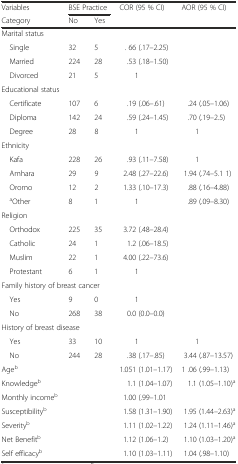
<table><thead><tr><td><b>Variables</b></td><td colspan="2"><b>BSE Practice</b></td><td rowspan="2"><b>COR (95 % CI)</b></td><td rowspan="2"><b>AOR (95 % CI)</b></td></tr><tr><td><b>Category</b></td><td><b>No</b></td><td><b>Yes</b></td></tr></thead><tbody><tr><td>Marital status</td><td></td><td></td><td></td><td></td></tr><tr><td> Single</td><td>32</td><td>5</td><td>. 66 (.17–2.25)</td><td></td></tr><tr><td> Married</td><td>224</td><td>28</td><td>.53 (.18–1.50)</td><td></td></tr><tr><td> Divorced</td><td>21</td><td>5</td><td>1</td><td></td></tr><tr><td>Educational status</td><td></td><td></td><td></td><td></td></tr><tr><td> Certificate</td><td>107</td><td>6</td><td>.19 (.06–.61)</td><td>.24 (.05–1.06)</td></tr><tr><td> Diploma</td><td>142</td><td>24</td><td>.59 (.24–1.45)</td><td>.70 (.19–2.5)</td></tr><tr><td> Degree</td><td>28</td><td>8</td><td>1</td><td>1</td></tr><tr><td>Ethnicity</td><td></td><td></td><td></td><td></td></tr><tr><td> Kafa</td><td>228</td><td>26</td><td>.93 (.11–7.58)</td><td>1</td></tr><tr><td> Amhara</td><td>29</td><td>9</td><td>2.48 (.27–22.6)</td><td>1.94 (.74–5.1 1)</td></tr><tr><td> Oromo</td><td>12</td><td>2</td><td>1.33 (.10–17.3)</td><td>.88 (.16–4.88)</td></tr><tr><td> <sup>a</sup>Other</td><td>8</td><td>1</td><td>1</td><td>.89 (.09–8.30)</td></tr><tr><td>Religion</td><td></td><td></td><td></td><td></td></tr><tr><td> Orthodox</td><td>225</td><td>35</td><td>3.72 (.48–28.4)</td><td></td></tr><tr><td> Catholic</td><td>24</td><td>1</td><td>1.2 (.06–18.5)</td><td></td></tr><tr><td> Muslim</td><td>22</td><td>1</td><td>4.00 (.22–73.6)</td><td></td></tr><tr><td> Protestant</td><td>6</td><td>1</td><td>1</td><td></td></tr><tr><td colspan="3">Family history of breast cancer</td><td></td><td></td></tr><tr><td> Yes</td><td>9</td><td>0</td><td>1</td><td></td></tr><tr><td> No</td><td>268</td><td>38</td><td>0.0 (0.0–0.0)</td><td></td></tr><tr><td colspan="3">History of breast disease</td><td></td><td></td></tr><tr><td> Yes</td><td>33</td><td>10</td><td>1</td><td>1</td></tr><tr><td> No</td><td>244</td><td>28</td><td>.38 (.17–.85)</td><td>3.44 (.87–13.57)</td></tr><tr><td>Age<sup>b</sup></td><td></td><td></td><td>1.051 (1.01–1.17)</td><td>1 .06 (.99–1.13)</td></tr><tr><td>Knowledge<sup>b</sup></td><td></td><td></td><td>1.1 (1.04–1.07)</td><td>1.1 (1.05–1.10)<sup>a</sup></td></tr><tr><td>Monthly income<sup>b</sup></td><td></td><td></td><td>1.00 (.99–1.01</td><td></td></tr><tr><td>Susceptibility<sup>b</sup></td><td></td><td></td><td>1.58 (1.31–1.90)</td><td>1.95 (1.44–2.63)<sup>a</sup></td></tr><tr><td>Severity<sup>b</sup></td><td></td><td></td><td>1.11 (1.02–1.22)</td><td>1.24 (1.11–1.46)<sup>a</sup></td></tr><tr><td>Net Benefit<sup>b</sup></td><td></td><td></td><td>1.12 (1.06–1.2)</td><td>1.10 (1.03–1.20)<sup>a</sup></td></tr><tr><td>Self efficacy<sup>b</sup></td><td></td><td></td><td>1.10 (1.03–1.11)</td><td>1.04 (.98–1.10)</td></tr></tbody></table>